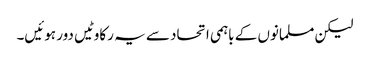
لیکن مسلمانوں کے باہمی اتحاد سے یہ رکاوٹیں دور ہوئیں۔